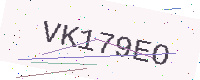
Text: VK179EO